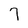
Character: 7